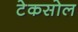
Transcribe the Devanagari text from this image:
टेकसोल